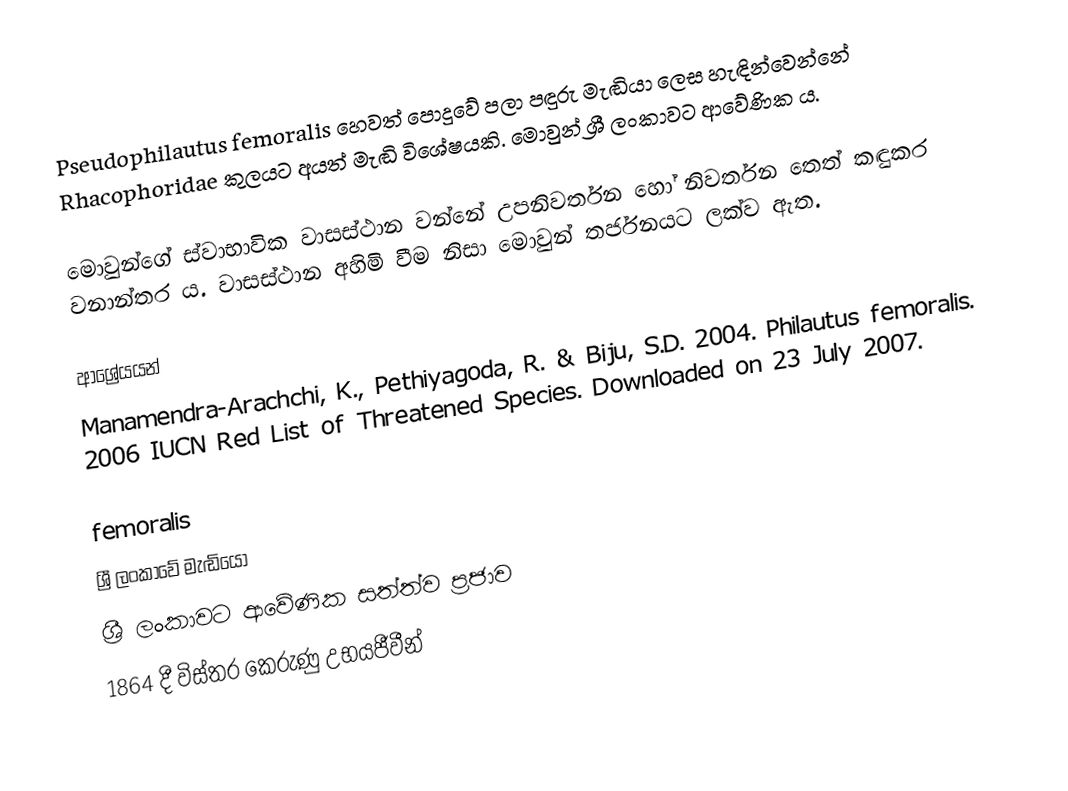
Pseudophilautus femoralis හෙවත් පොදුවේ පලා පඳුරු මැඬියා ලෙස හැඳින්වෙන්නේ Rhacophoridae කුලයට අයත් මැඬි විශේෂයකි. මොවුන් ශ්‍රී ලංකාවට ආවේණික ය.

මොවුන්ගේ ස්වාභාවික වාසස්ථාන වන්නේ උපනිවර්තන හෝ  නිවර්තන තෙත් කඳුකර වනාන්තර ය. වාසස්ථාන අහිමි වීම නිසා මොවුන් තර්ජනයට ලක්ව ඇත.

ආශ්‍රේයයන්
 Manamendra-Arachchi, K., Pethiyagoda, R. & Biju, S.D. 2004.  Philautus femoralis.   2006 IUCN Red List of Threatened Species.   Downloaded on 23 July 2007.

femoralis
ශ්‍රී ලංකාවේ මැඬියෝ
ශ්‍රී ලංකාවට ආවේණික සත්ත්ව ප්‍රජාව
1864 දී විස්තර කෙරුණු උභයජීවීන්